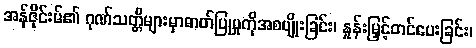
အန်ဇိုင်းမ်၏ ဂုဏ်သတ္တိများမှာဓာတ်ပြုမှုကိုအစပျိုးခြင်း၊ နှုန်းမြှင့်တင်ပေးခြင်း၊